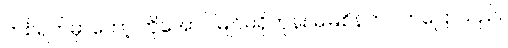
တစ်ရက်မှာတော့ ကိုအောင်မြိုင်မရှိတုန်း မမြစိန်က လာပြောသည်။